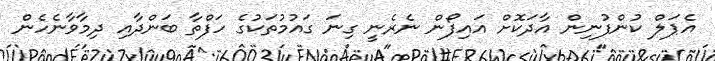
އެޕަލް ކުންފުނިން އާދަކޮށް އައިފޯން ނެރެނީ ގިނަ ގައުމުތަކުގެ ހަފްތާ ބަންދާއި ދިމާވާނެހެން